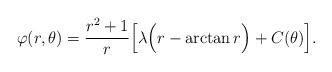
LaTeX: \begin{align*} \varphi(r,\theta)=\frac{r^2+1}{r}\Big[\lambda\Big(r-\arctan r\Big)+C(\theta)\Big]. \end{align*}